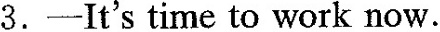
3.—It's time to work now.